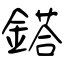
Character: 鎝